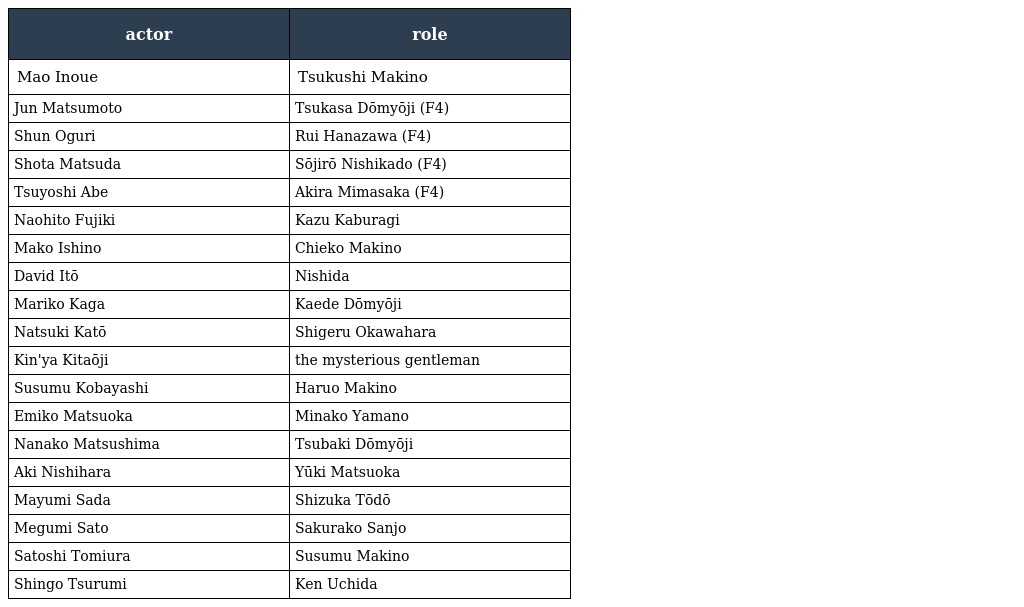
| actor | role |
 | --- | --- |
 | Mao Inoue | Tsukushi Makino |
 | Jun Matsumoto | Tsukasa Dōmyōji (F4) |
 | Shun Oguri | Rui Hanazawa (F4) |
 | Shota Matsuda | Sōjirō Nishikado (F4) |
 | Tsuyoshi Abe | Akira Mimasaka (F4) |
 | Naohito Fujiki | Kazu Kaburagi |
 | Mako Ishino | Chieko Makino |
 | David Itō | Nishida |
 | Mariko Kaga | Kaede Dōmyōji |
 | Natsuki Katō | Shigeru Okawahara |
 | Kin'ya Kitaōji | the mysterious gentleman |
 | Susumu Kobayashi | Haruo Makino |
 | Emiko Matsuoka | Minako Yamano |
 | Nanako Matsushima | Tsubaki Dōmyōji |
 | Aki Nishihara | Yūki Matsuoka |
 | Mayumi Sada | Shizuka Tōdō |
 | Megumi Sato | Sakurako Sanjo |
 | Satoshi Tomiura | Susumu Makino |
 | Shingo Tsurumi | Ken Uchida |